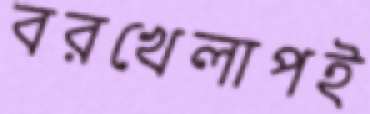
বরখেলাপই